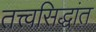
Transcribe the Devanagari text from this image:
तत्त्वसिद्धांत